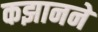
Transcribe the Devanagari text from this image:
कझानने